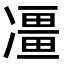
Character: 𠘌